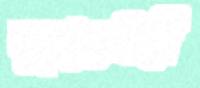
দুয়ারেইদ্বী